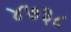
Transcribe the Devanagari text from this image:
४७३८